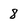
Character: 8